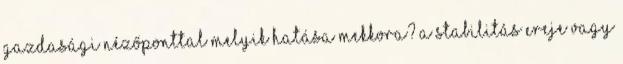
gazdasági nézőponttal Melyik hatása mekkora? A stabilitás ereje vagy